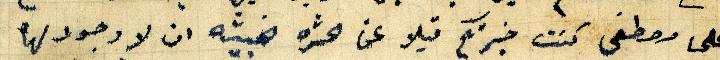
على مصطفى كنت خبرتكم قبلا عن الحشره الخبيثة ان لا وجود لها